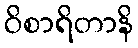
ဝိစာရိတာနိ